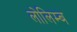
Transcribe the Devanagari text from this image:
लोलिम्ब